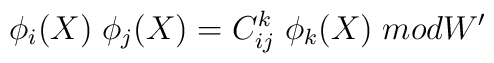
\phi_i ( X  ) \; \phi_j ( X  ) =C_{ij}^{k} \; \phi_k ( X ) \; mod W'